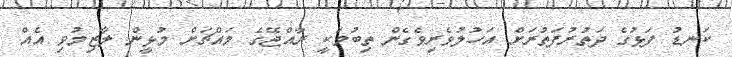
ކަނޑު ފަޅުގެ ދަތުރުފަތުރަށް އަހުލުވެރިވެގެން ތިބުމަކީ ރާއްޖޭގެ މައްޗަށް މުޅީން ލާޒިމުވި އެއް